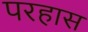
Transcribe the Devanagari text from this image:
परहास